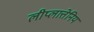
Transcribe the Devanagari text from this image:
लीप्लात्तेनिय